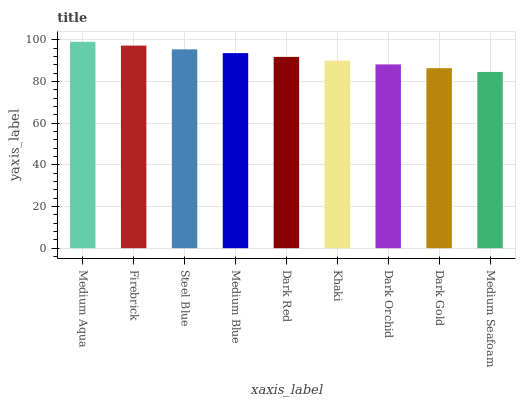
| xaxis_label | bars |
 | --- | --- |
 | Medium Aqua | 99 |
 | Firebrick | 97.2 |
 | Steel Blue | 95.4 |
 | Medium Blue | 93.6 |
 | Dark Red | 91.8 |
 | Khaki | 90 |
 | Dark Orchid | 88.2 |
 | Dark Gold | 86.4 |
 | Medium Seafoam | 84.5 |